Insane asylums in Bengal annual reports 1867-1875 - 1867-1875
Year: 1867
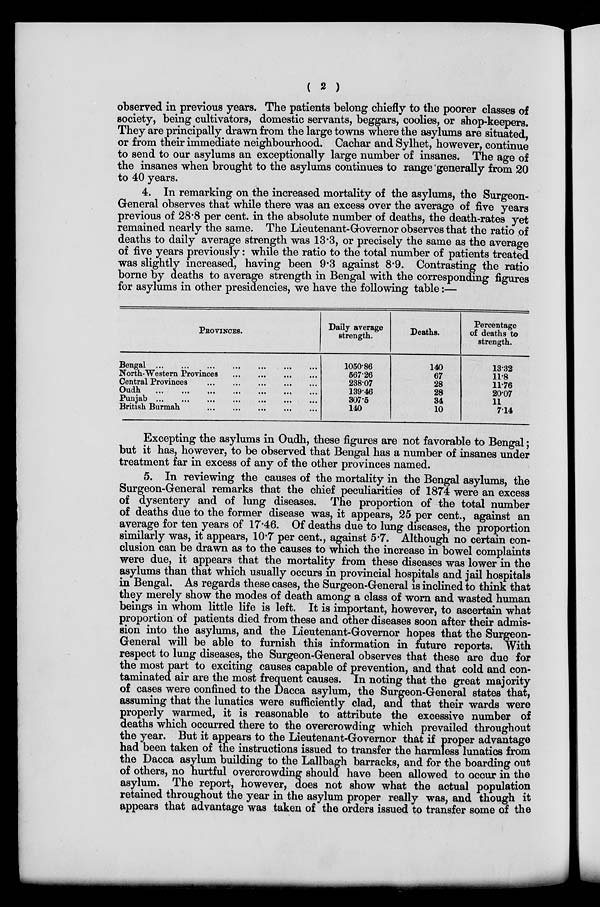
( 2 )
observed in previous years. The patients belong chiefly to the poorer classes of
society, being cultivators, domestic servants, beggars, coolies, or shop-keepers.
They are principally drawn from the large towns where the asylums are situated,
or from their immediate neighbourhood. Cachar and Sylhet, however, continue
to send to our asylums an exceptionally large number of insanes. The age of
the insanes when brought to the asylums continues to range generally from 20
to 40 years.
4. In remarking on the increased mortality of the asylums, the Surgeon-
General observes that while there was an excess over the average of five years
previous of 28.8 per cent. in the absolute number of deaths, the death-rates yet
remained nearly the same. The Lieutenant-Governor observes that the ratio of
deaths to daily average strength was 13.3, or precisely the same as the average
of five years previously: while the ratio to the total number of patients treated
was slightly increased, having been 9.3 against 8.9. Contrasting the ratio
borne by deaths to average strength in Bengal with the corresponding figures
for asylums in other presidencies, we have the following table:—
PROVINCES.
Bengal
...
...
...
...
...
...
...
North-Western Provinces
...
...
...
...
Central Provinces ... ... ... ... ...
Oudh
...
...
...
...
...
...
Punjab ...
...
...
...
...
British Burmah ... ... ... ... ... ... ...
Daily average
strength.
1050.86
567.26
238.07
139.46
307.5
140
Deaths.
140
67
28
28
34
10
Percentage
of deaths to
strength.
13.32
11.8
11.76
20.07
11
7.14
Excepting the asylums in Oudh, these figures are not favorable to Bengal;
but it has, however, to be observed that Bengal has a number of insanes under
treatment far in excess of any of the other provinces named.
5. In reviewing the causes of the mortality in the Bengal asylums, the
Surgeon-General remarks that the chief peculiarities of 1874 were an excess
of dysentery and of lung diseases. The proportion of the total number
of deaths due to the former disease was, it appears, 25 per cent., against an
average for ten years of 17.46. Of deaths due to lung diseases, the proportion
similarly was, it appears, 10.7 per cent., against 5.7. Although no certain con-
clusion can be drawn as to the causes to which the increase in bowel complaints
were due, it appears that the mortality from these diseases was lower in the
asylums than that which usually occurs in provincial hospitals and jail hospitals
in Bengal. As regards these cases, the Surgeon-General is inclined to think that
they merely show the modes of death among a class of worn and wasted human
beings in whom little life is left. It is important, however, to ascertain what
proportion of patients died from these and other diseases soon after their admis-
sion into the asylums, and the Lieutenant-Governor hopes that the Surgeon-
General will be able to furnish this information in future reports. With
respect to lung diseases, the Surgeon-General observes that these are due for
the most part to exciting causes capable of prevention, and that cold and con-
taminated air are the most frequent causes. In noting that the great majority
of cases were confined to the Dacca asylum, the Surgeon-General states that,
assuming that the lunatics were sufficiently clad, and that their wards were
p roperly warmed, it is reasonable to attribute the excessive number of
deaths which occurred there to the overcrowding which prevailed throughout
the year. But it appears to the Lieutenant-Governor that if proper advantage
had been taken of the instructions issued to transfer the harmless lunatics from
the Dacca asylum building to the Lallbagh barracks, and for the boarding out
of others, no hurtful overcrowding should have been allowed to occur in the
asylum. The report, however, does not show what the actual population
retained throughout the year in the asylum proper really was, and though it
appears that advantage was taken of the orders issued to transfer some of the